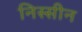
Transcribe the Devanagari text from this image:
निस्सीन